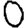
Digit: 0